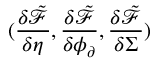
( \frac { \delta \tilde { \mathcal { F } } } { \delta \eta } , \frac { \delta \tilde { \mathcal { F } } } { \delta \phi _ { \partial } } , \frac { \delta \tilde { \mathcal { F } } } { \delta \Sigma } )